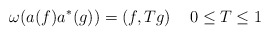
\begin{align*}\omega (a(f)a^{*}(g))=\left( f,Tg\right) \quad 0\leq T\leq 1\end{align*}